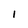
Character: l